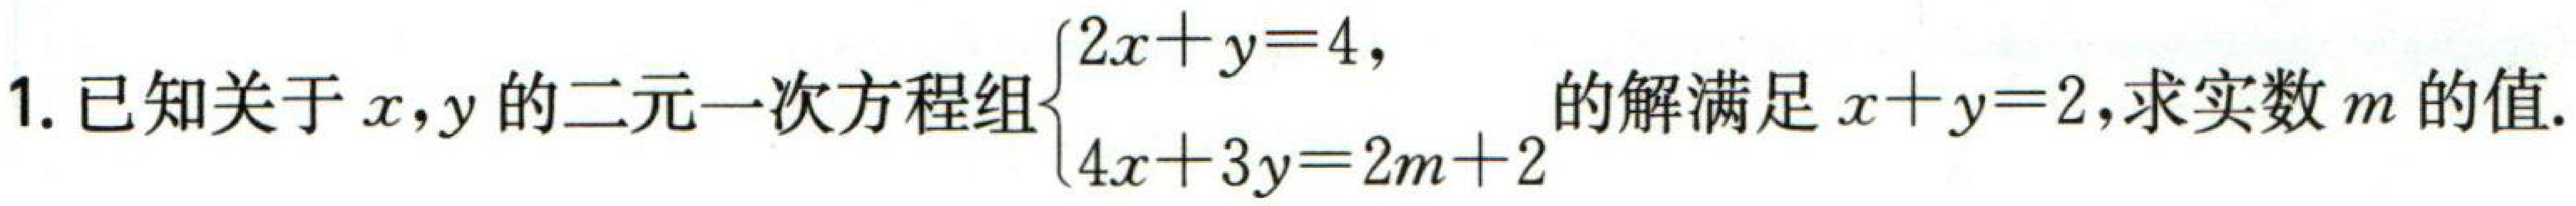
1. 已知关于\(x,y\)的二元一次方程组\(\begin{cases}2x + y = 4,\\4x + 3y = 2m + 2\end{cases}\)的解满足\(x + y = 2\),求实数\(m\)的值.